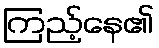
ကြည့်နေ၏